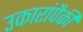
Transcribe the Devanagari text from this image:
उकारांपैकी